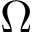
\Omega